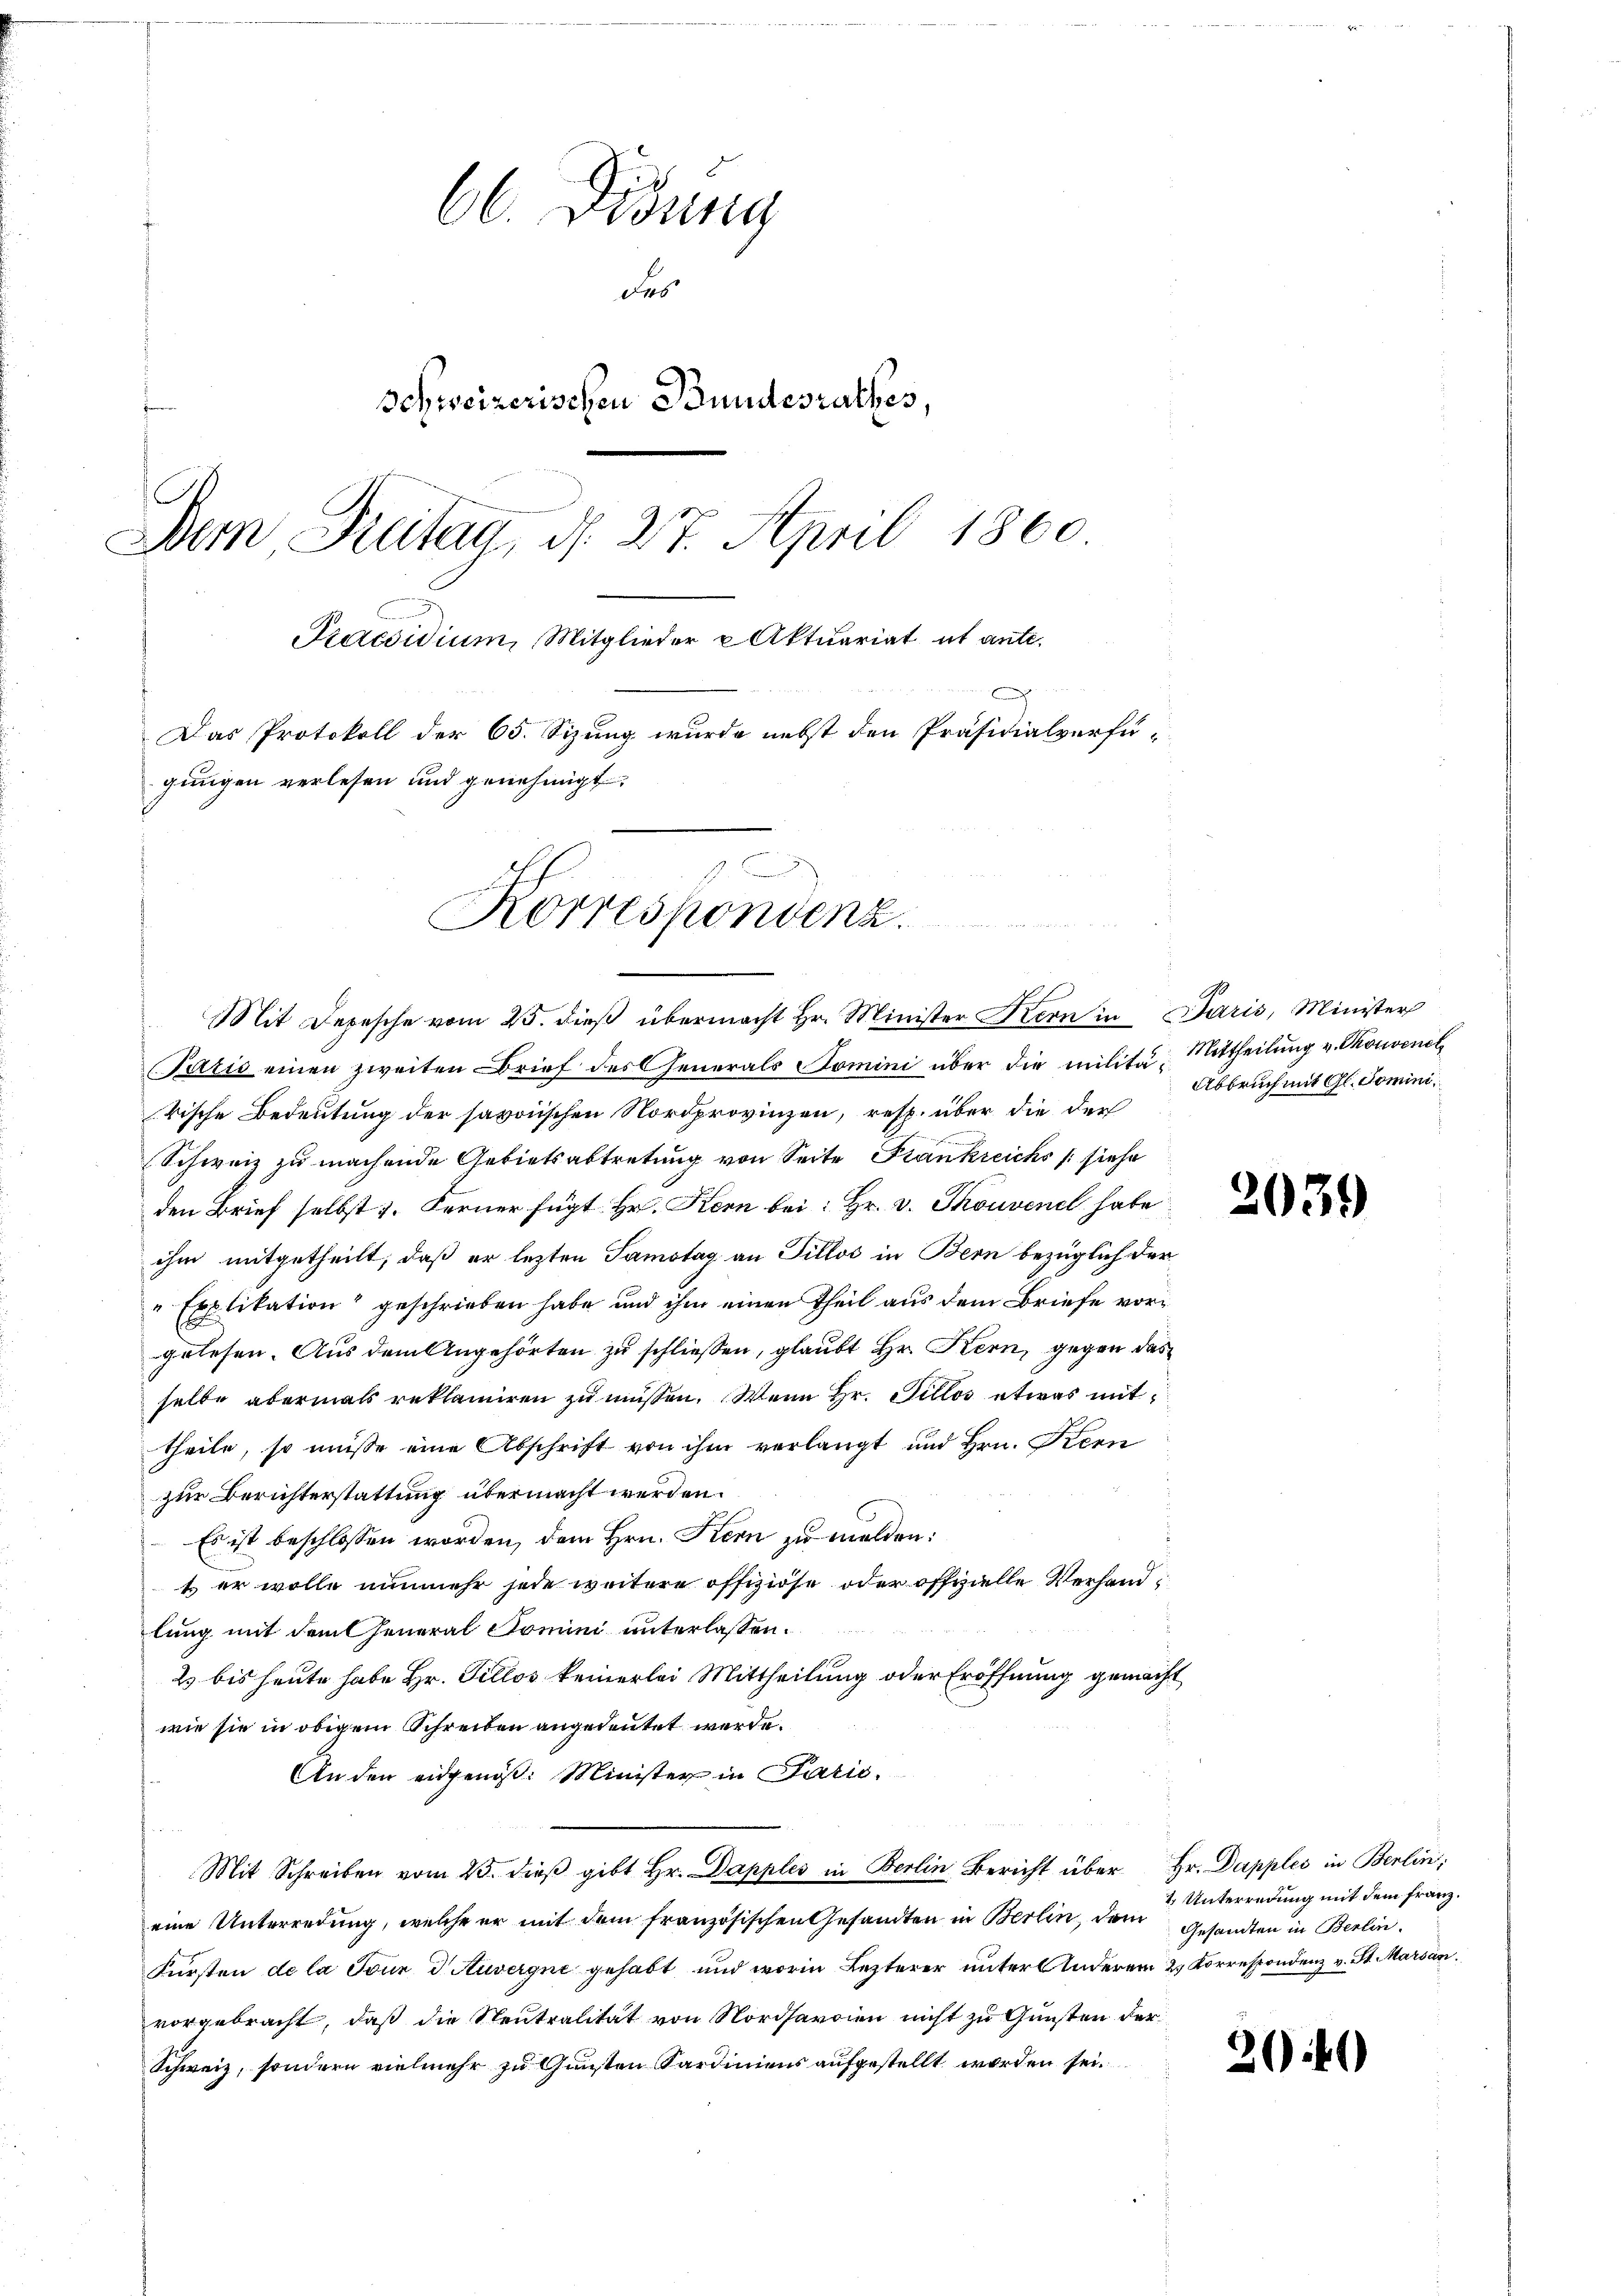
66. Didung
des
Schweizerischen Bundesrathes,
Dem Pretan, d. 27. April 1860
Praesidium, Mitglieder u Aktuariat et ante.
22
Das Protokoll der 65. Sizung wurde nebst den Präsidialverfügungen verlesen und genehmigt.
Korrespondenz

Mit Depesche vom 25. dieß übermacht Hr. Minister Kern in Paris, Minister
Paris einen zweiten Brief des Generals Tomini über die milita, Mittheilung v. Thonvenel
rische Bedeutung der savoischen Nordprovinzen, resp. über die der
Schweiz zu machende Gebietsabtretung von Seite Frankreichs siehe
den Brief selbst 1. Ferner fügt Hr. Kern bei: Hr. v. Thouvenel habe
ihm mitgetheilt, daß er lezten Samstag an Tillos in Bern bezüglich der
"Explikation" geschrieben habe und ihm einen Theil aus dem Briefe vorgelesen. Aus dem Angehörten zu schließen, glaubt Hr. Kern, gegen das
selbe abermals reklamiren zŭ müssen. Wenn Hr. Pillos etwas mit
theile, so müsse eine Abschrift von ihm verlangt und Hrn. Kern
zur Berichterstattung übermacht werden.
 Es ist beschlossen worden, dem Hrn. Kern zu melden:
t er wolle nunmehr jede weitere offiziöse oder offzielle Verhand
lung mit dem General Tomini unterlassen.
2 bis heute habe Hr. Tillos keinerlei Mittheilung oder Eröffnung gemacht
wie sie in obigem Schreiben angedeutet werde.
An den eidgenöß: Minister in Parić.
Mit Schreiben vom 23. dieβ gibt Hr. Dapples in Berlin Bericht über Hr. Dapples in Berlin,
eine Unterredung, welche er mit dem französischen Gesandten in Berlin, dem
Fürsten de la Tour d. Auvergne gehabt und worin Lezterer unter Anderer 2. Korrespondenz v. St. Marsan
vorgebracht, daß die Neutralität von Nordhardien nicht zu Gunsten der
Schweiz, sondern vielmehr zu Gunsten Sardiniens aufgestellt worden sei.

Abbruch mit Gl. Domini¬

2039

1 Unterredung mit dem Franz.
Gesandten in Berlin.

2649